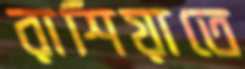
রাশিয়াতে